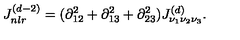
J _ { n l r } ^ { ( d - 2 ) } = ( \partial _ { 1 2 } ^ { 2 } + \partial _ { 1 3 } ^ { 2 } + \partial _ { 2 3 } ^ { 2 } ) J _ { \nu _ { 1 } \nu _ { 2 } \nu _ { 3 } } ^ { ( d ) } .